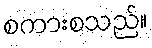
စကားစသည်။